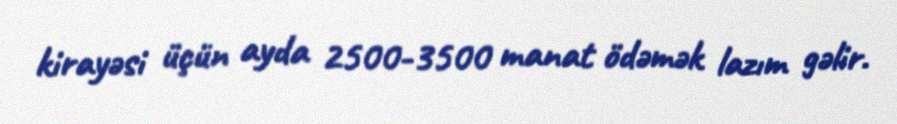
kirayəsi üçün ayda 2500-3500 manat ödəmək lazım gəlir.